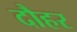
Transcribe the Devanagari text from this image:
दौहर